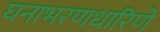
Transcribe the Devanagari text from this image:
घनाभरणधारिणे